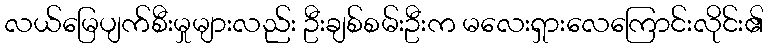
လယ်မြေပျက်စီးမှုများလည်း ဦးချစ်စမ်းဦးက မလေးရှားလေကြောင်းလိုင်း၏